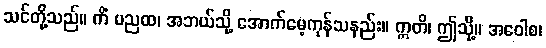
သင်တို့သည်။ ကိံ မညထ၊ အဘယ်သို့ အောက်မေ့ကုန်သနည်း။ ဣတိ၊ ဤသို့။ အဝေါစ၊